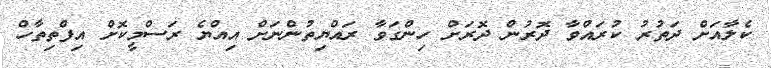
ކެލާއަށް ދަތުރު ކުރައްވާ ދޮރުން ދޮރަށް ހިންގަވާ ރައްޔިތުންނަށް އިއްޔެ ރަސްމީކޮށް އިފްތިތާހް